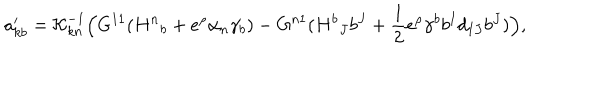
LaTeX: a _ { k b } ^ { \prime } = { \cal K } _ { k n } ^ { - 1 } \Bigl ( G ^ { 1 1 } ( { H ^ { n } } _ { b } + e ^ { \rho } \alpha _ { n } \gamma _ { b } ) - G ^ { n 1 } ( { H ^ { b } } _ { J } b ^ { J } + { \frac { 1 } { 2 } } e ^ { \rho } \gamma ^ { b } b ^ { I } d _ { I J } b ^ { J } ) \Bigr ) ,